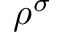
\rho ^ { \sigma }